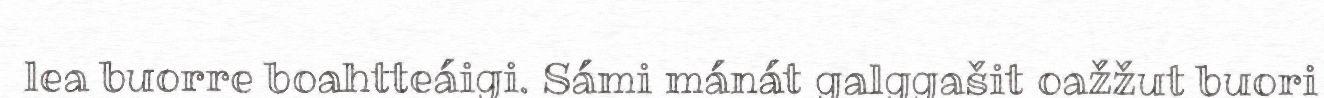
lea buorre boahtteáigi. Sámi mánát galggašit oažžut buori